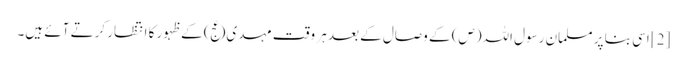
[2] اسی بنا پر مسلمان رسول اللہ(ص) کے وصال کے بعد ہر وقت مہدی(عج) کے ظہور کا انتظار کرتے آئے ہیں۔